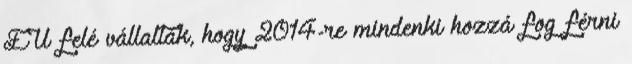
EU felé vállalták, hogy 2014-re mindenki hozzá fog férni